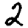
Digit: 2